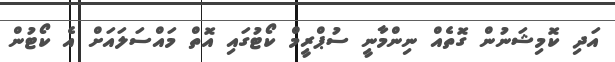
އަދި ކޮމިޝަނުން ގޮތެއް ނިންމާނީ ސުޕްރީމް ކޯޓުގައި އޮތް މައްސަލައަށް އެ ކޯޓުން